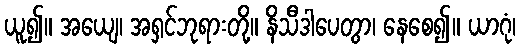
ယူ၍။ အယျေ၊ အရှင်ဘုရားတို့။ နိသီဒါပေတွာ၊ နေစေ၍။ ယာဂုံ၊